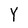
Character: Y